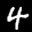
Label: 4